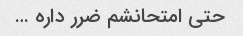
حتی امتحانشم ضرر داره …